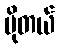
မိုတယ်